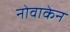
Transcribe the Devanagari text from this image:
नोवाकेन